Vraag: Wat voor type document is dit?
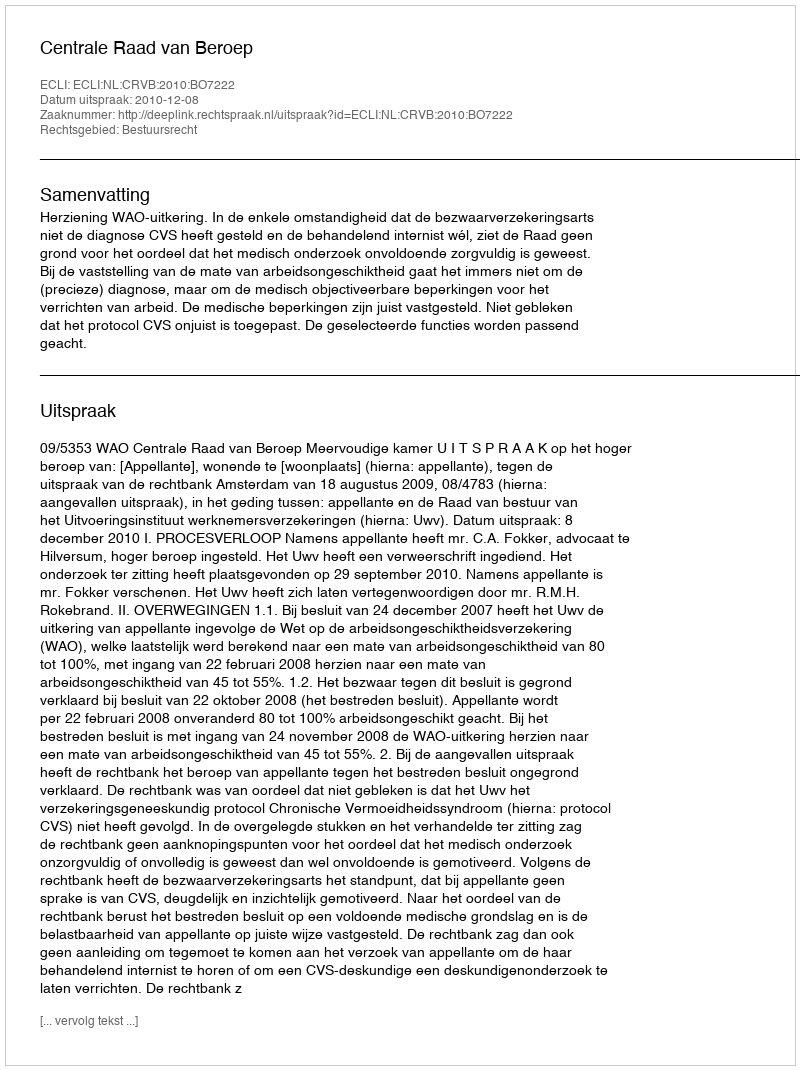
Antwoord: Uitspraak